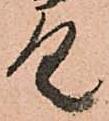
具